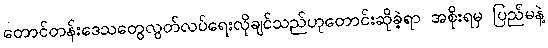
တောင်တန်းဒေသတွေလွတ်လပ်ရေးလိုချင်သည်ဟုတောင်းဆိုခဲ့ရာ အစိုးရမှ ပြည်မနဲ့